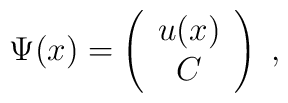
\Psi (x)=\left(\begin{array}{c}u(x)\\C\end{array}\right)\;,